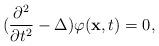
LaTeX: \begin{align*}(\frac {\partial ^{2}}{\partial t^{2}}-\Delta )\varphi (\hbox {\bf x},t)=0,\end{align*}